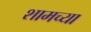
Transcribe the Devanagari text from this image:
शामच्या